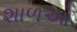
શાળઓ